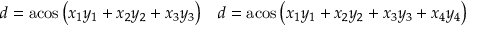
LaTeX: \begin{array} { c c } { d = \operatorname { a c o s } \left( x _ { 1 } y _ { 1 } + x _ { 2 } y _ { 2 } + x _ { 3 } y _ { 3 } \right) } & { d = \operatorname { a c o s } \left( x _ { 1 } y _ { 1 } + x _ { 2 } y _ { 2 } + x _ { 3 } y _ { 3 } + x _ { 4 } y _ { 4 } \right) } \end{array}